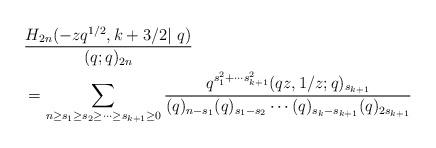
LaTeX: \begin{align*}\begin{aligned}&\frac{H_{2n}(-zq^{1/2},k+3/2|\ q)}{(q;q)_{2n}} \\&=\sum_{n\ge s_1\ge s_2\ge\cdots\ge s_{k+1}\ge 0}\frac{q^{s_1^2+\cdots s_{k+1}^2} (qz,1/z;q)_{s_{k+1}}}{(q)_{n-s_1}(q)_{s_1-s_2}\cdots (q)_{s_{k}-s_{k+1}}(q)_{2s_{k+1}}}\end{aligned}\end{align*}